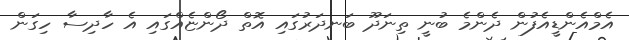
އެމްއެންޑީއެފުން ދެންމެ ބުނީ ތިނަދޫ ބަނދަރުގައި އޮތް ދޯންޏެއްގައި އެ ހާދިސާ ހިގަން